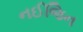
નઈજિન